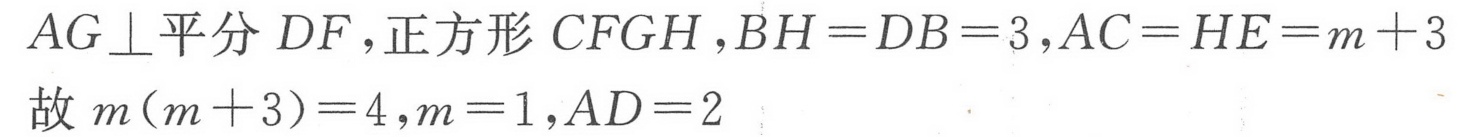
\(AG\perp\)平分 \(DF\), 正方形 \(CFGH\), \(BH = DB = 3\), \(AC = HE = m + 3\)
故 \(m(m + 3)=4,m = 1,AD = 2\)